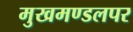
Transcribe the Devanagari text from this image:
मुखमण्डलपर